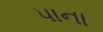
પાના